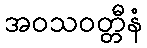
အဝသဝတ္တီနံ